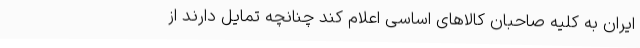
ایران به کلیه صاحبان کالاهای اساسی اعلام کند چنانچه تمایل دارند از